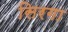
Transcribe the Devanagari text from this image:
सिरगा